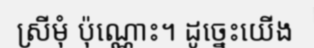
ស្រីមុំ ប៉ុណ្ណោះ។ ដូច្នេះយើង